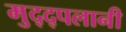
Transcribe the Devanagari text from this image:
मुद्द्पलानी